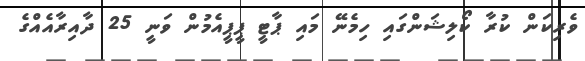
ވެރިކަން ކުރާ ކޯލިޝަންގައި ހިމެނޭ މައި ޕާޓީ ޕީޕީއެމުން ވަނީ 25 ދާއިރާއެއްގެ